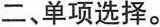
二、单项选择.